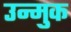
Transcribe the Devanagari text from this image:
उन्मुक